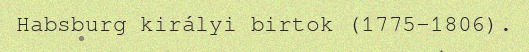
Habsburg királyi birtok (1775–1806).